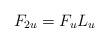
LaTeX: \begin{align*}F_{2u}=F_uL_u\end{align*}